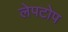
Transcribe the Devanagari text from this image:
लेपटोप